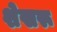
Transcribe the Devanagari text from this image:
शेखरू